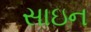
સાઇન